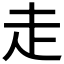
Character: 走